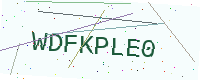
Text: WDFKPLE0